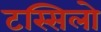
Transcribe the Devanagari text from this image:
टस्सिलो